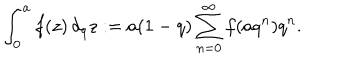
LaTeX: \int _ { 0 } ^ { a } f ( z ) \, d _ { q } z : = a ( 1 - q ) \sum _ { n = 0 } ^ { \infty } f ( a q ^ { n } ) q ^ { n } .